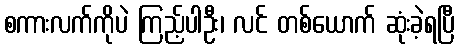
စကားလက်ကိုပဲ ကြည့်ပါဦး၊ လင် တစ်ယောက် ဆုံးခဲ့ရပြီ